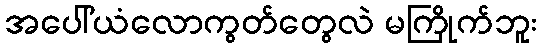
အပေါ်ယံလောကွတ်တွေလဲ မကြိုက်ဘူး